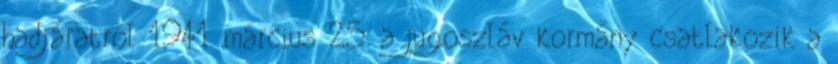
hadjáratról 1941. március 25. a jugoszláv kormány csatlakozik a